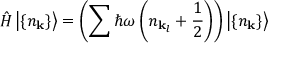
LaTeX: { \hat { H } } \left| \{ n _ { \mathbf { k } } \} \right\rangle = \left( \sum \hbar \omega \left( n _ { \mathbf { k } _ { l } } + { \frac { 1 } { 2 } } \right) \right) \left| \{ n _ { \mathbf { k } } \} \right\rangle